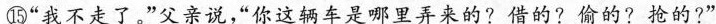
⑮”我不走了，”父亲说，”你这辆车是哪里弄来的?借的?偷的?抢的?”